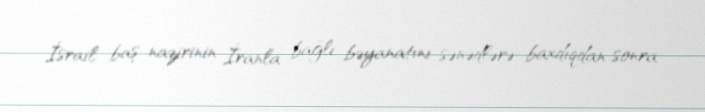
İsrail baş nazirinin İranla bağlı bəyanatını sənədlərə baxdıqdan sonra